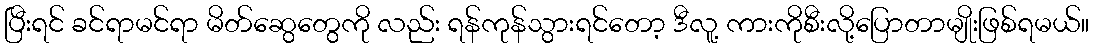
ပြီးရင် ခင်ရာမင်ရာ မိတ်ဆွေတွေကို လည်း ရန်ကုန်သွားရင်တော့ ဒီလူ့ ကားကိုစီးလို့ပြောတာမျိုးဖြစ်ရမယ်။